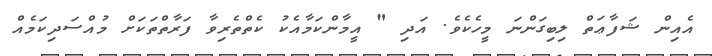
އެއިން ޝަފާޢަތް ލިބިގަންނަ މީހެކެވެ. އަދި " އީމާންކަމާއެކު ކެތްތެރިވާ ފަރާތްތަކަށް މުއްސަދިކަމެއް